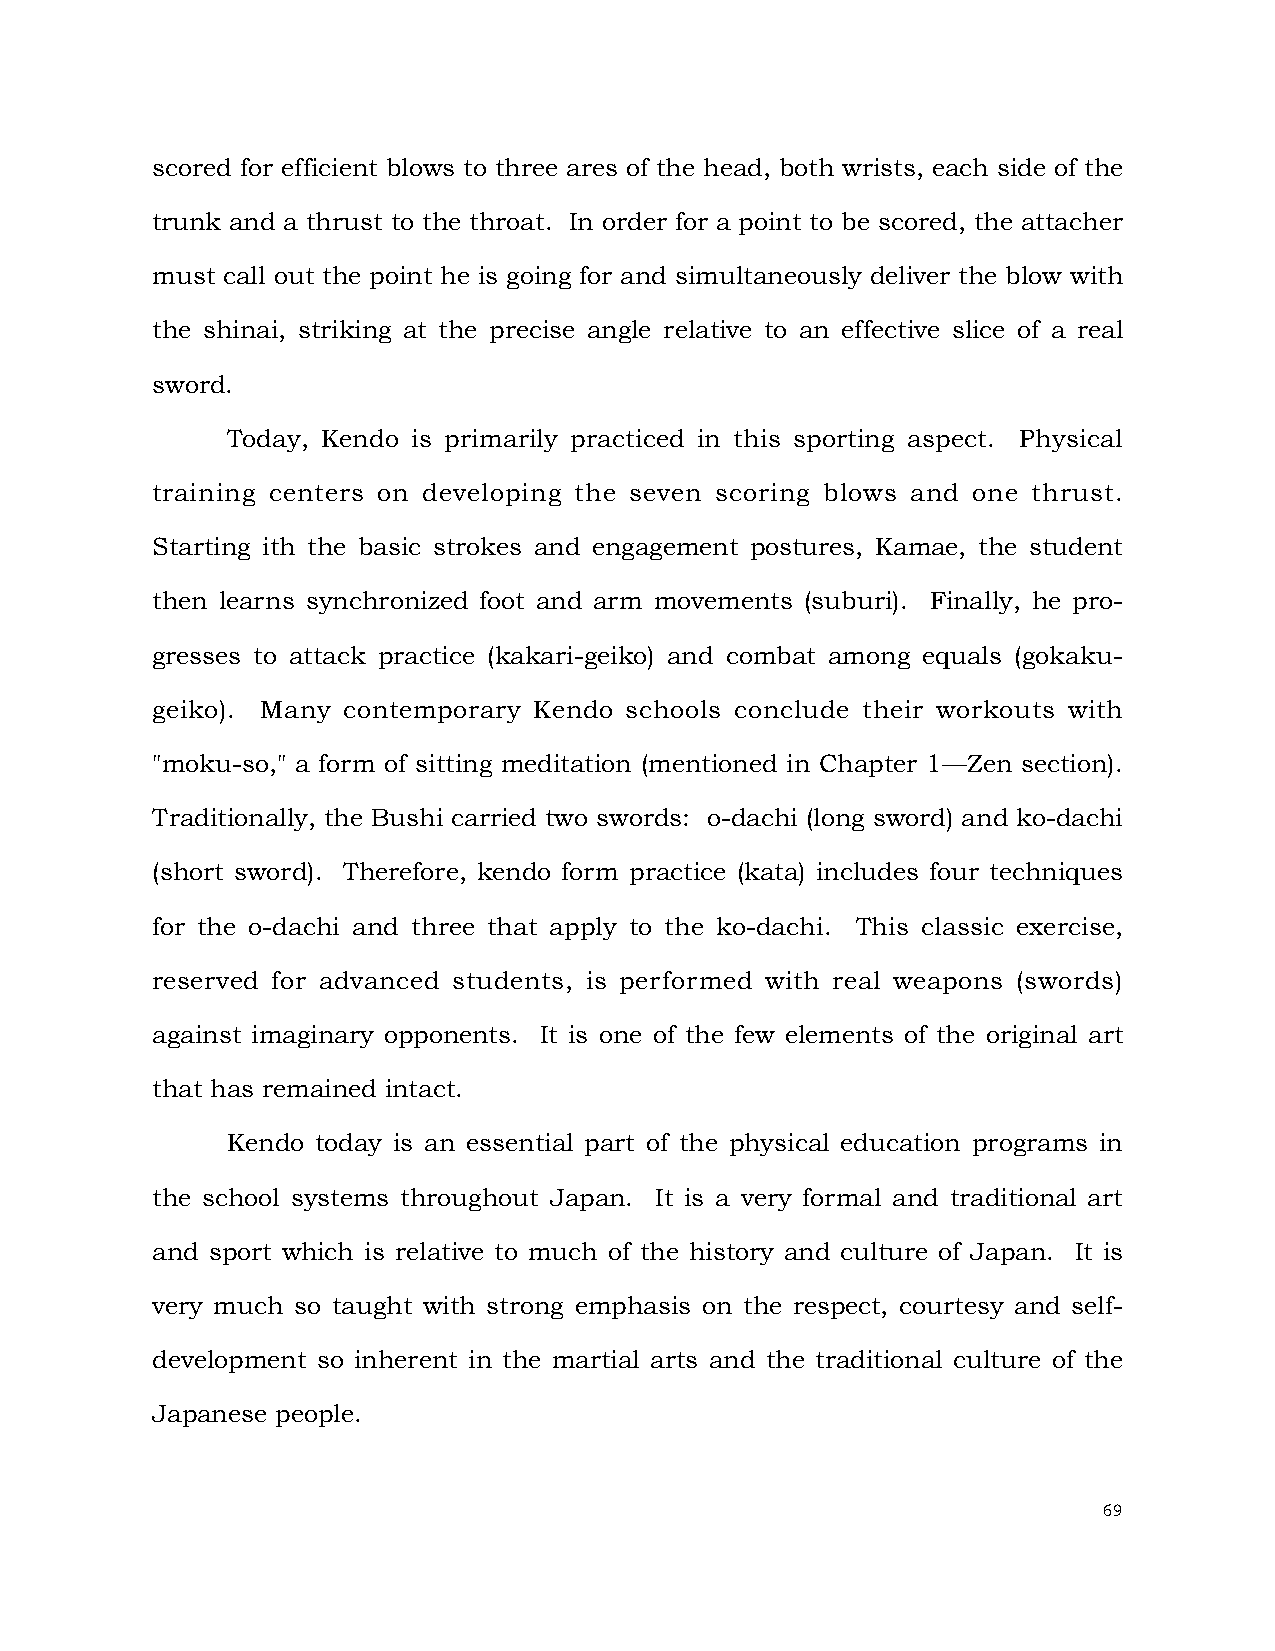
scored for efficient blows to three ares of the head, both wrists, each side of the
 trunk and a thrust to the throat. In order for a point to be scored, the attacher
 must call out the point he is going for and simultaneously deliver the blow with
 the shinai, striking at the precise angle relative to an effective slice of a real
 sword.
 Today, Kendo is primarily practiced in this sporting aspect. Physical
 training centers on developing the seven scoring blows and one thrust.
 Starting ith the basic strokes and engagement postures, Kamae, the student
 then learns synchronized foot and arm movements (suburi). Finally, he pro-
 gresses to attack practice (kakari-geiko) and combat among equals (gokaku-
 geiko). Many contemporary Kendo schools conclude their workouts with
 "moku-so," a form of sitting meditation (mentioned in Chapter 1—Zen section).
 Traditionally, the Bushi carried two swords: o-dachi (long sword) and ko-dachi
 (short sword). Therefore, kendo form practice (kata) includes four techniques
 for the o-dachi and three that apply to the ko-dachi. This classic exercise,
 reserved for advanced students, is performed with real weapons (swords)
 against imaginary opponents. It is one of the few elements of the original art
 that has remained intact.
 Kendo today is an essential part of the physical education programs in
 the school systems throughout Japan. It is a very formal and traditional art
 and sport which is relative to much of the history and culture of Japan. It is
 very much so taught with strong emphasis on the respect, courtesy and self-
 development so inherent in the martial arts and the traditional culture of the
 Japanese people.
 69